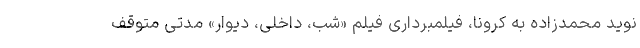
نوید محمدزاده به کرونا، فیلمبرداری فیلم «شب، داخلی، دیوار» مدتی متوقف